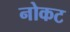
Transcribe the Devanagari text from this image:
नोकट